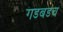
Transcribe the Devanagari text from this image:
गडबडच